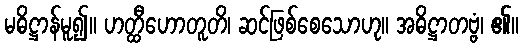
မဓိဋ္ဌာန်မူ၍။ ဟတ္ထီဟောတူတိ၊ ဆင်ဖြစ်စေသောဟု။ အဓိဋ္ဌာတဗ္ဗံ၊ ၏။